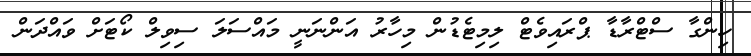
ހިންގާ ސްޓްރާޑާ ޕްރައިވެޓް ލިމިޓެޑުން މިހާރު އަންނަނީ މައްސަލަ ސިވިލް ކޯޓަށް ވައްދަން